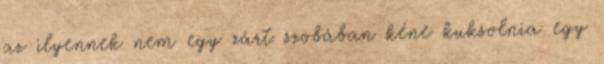
az ilyennek nem egy zárt szobában kéne kuksolnia egy